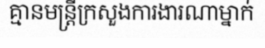
គ្មានមន្ត្រីក្រសួងការងារណាម្នាក់